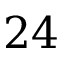
2 4